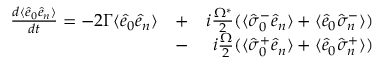
\begin{array} { r l r } { \frac { d \langle \hat { e } _ { 0 } \hat { e } _ { n } \rangle } { d t } = - 2 \Gamma \langle \hat { e } _ { 0 } \hat { e } _ { n } \rangle } & { + } & { i \frac { \Omega ^ { * } } { 2 } ( \langle \hat { \sigma } _ { 0 } ^ { - } \hat { e } _ { n } \rangle + \langle \hat { e } _ { 0 } \hat { \sigma } _ { n } ^ { - } \rangle ) } \\ & { - } & { i \frac { \Omega } { 2 } ( \langle \hat { \sigma } _ { 0 } ^ { + } \hat { e } _ { n } \rangle + \langle \hat { e } _ { 0 } \hat { \sigma } _ { n } ^ { + } \rangle ) } \end{array}